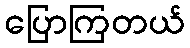
ပြောကြတယ်